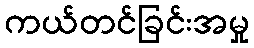
ကယ်တင်ခြင်းအမှု